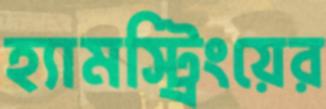
হ্যামস্ট্রিংয়ের